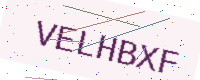
Text: VELHBXF